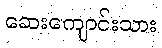
ဆေးကျောင်းသား